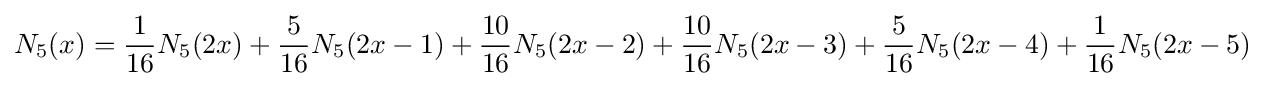
N_{5}(x)={\frac {1}{16}}N_{5}(2x)+{\frac {5}{16}}N_{5}(2x-1)+{\frac {10}{16}}N_{5}(2x-2)+{\frac {10}{16}}N_{5}(2x-3)+{\frac {5}{16}}N_{5}(2x-4)+{\frac {1}{16}}N_{5}(2x-5)